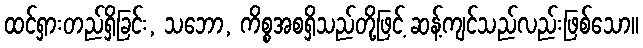
ထင်ရှားတည်ရှိခြင်း, သဘော, ကိစ္စအစရှိသည်တို့ဖြင့် ဆန့်ကျင်သည်လည်းဖြစ်သော။